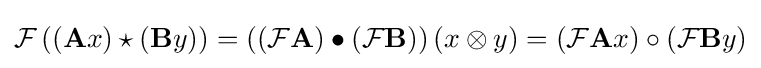
{\mathcal {F}}\left((\mathbf {A} x)\star (\mathbf {B} y)\right)=\left(({\mathcal {F}}\mathbf {A} )\bullet ({\mathcal {F}}\mathbf {B} )\right)(x\otimes y)=({\mathcal {F}}\mathbf {A} x)\circ ({\mathcal {F}}\mathbf {B} y)